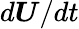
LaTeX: d\boldsymbol{U}/dt